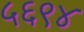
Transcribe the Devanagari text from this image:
५६९४